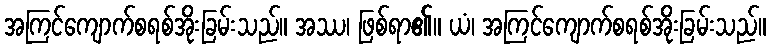
အကြင်ကျောက်စရစ်အိုးခြမ်းသည်။ အဿ၊ ဖြစ်ရာ၏။ ယံ၊ အကြင်ကျောက်စရစ်အိုးခြမ်းသည်။